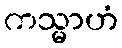
ကသ္မာဟံ